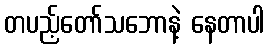
တပည့်တော်သဘောနဲ့ နေတာပါ